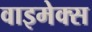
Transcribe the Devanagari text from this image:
वाइमेक्स